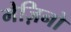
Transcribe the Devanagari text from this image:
मेज़िनो